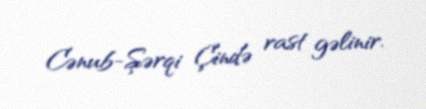
Cənub-Şərqi Çində rast gəlinir.